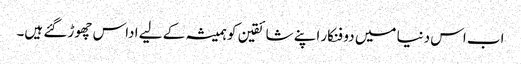
اب اس دنیا میں دو فنکار اپنے شائقین کو ہمیشہ کے لیے اداس چھوڑ گئے ہیں۔